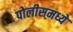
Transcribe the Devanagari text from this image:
पोलीसमध्ये